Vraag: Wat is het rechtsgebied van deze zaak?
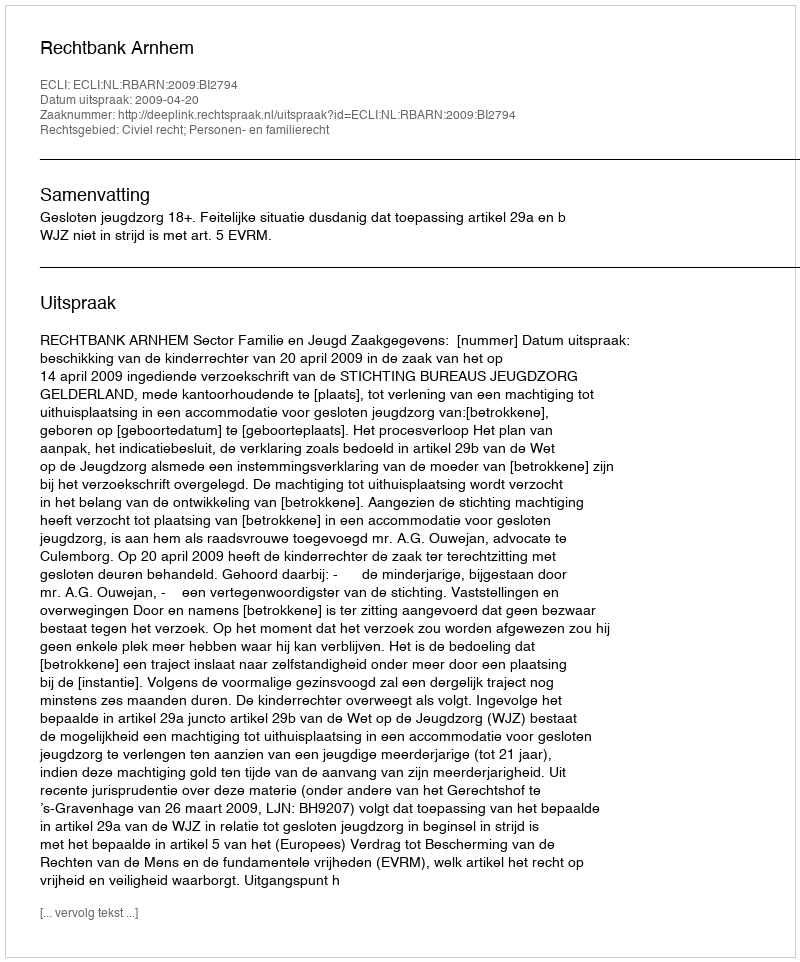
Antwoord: Civiel recht; Personen- en familierecht